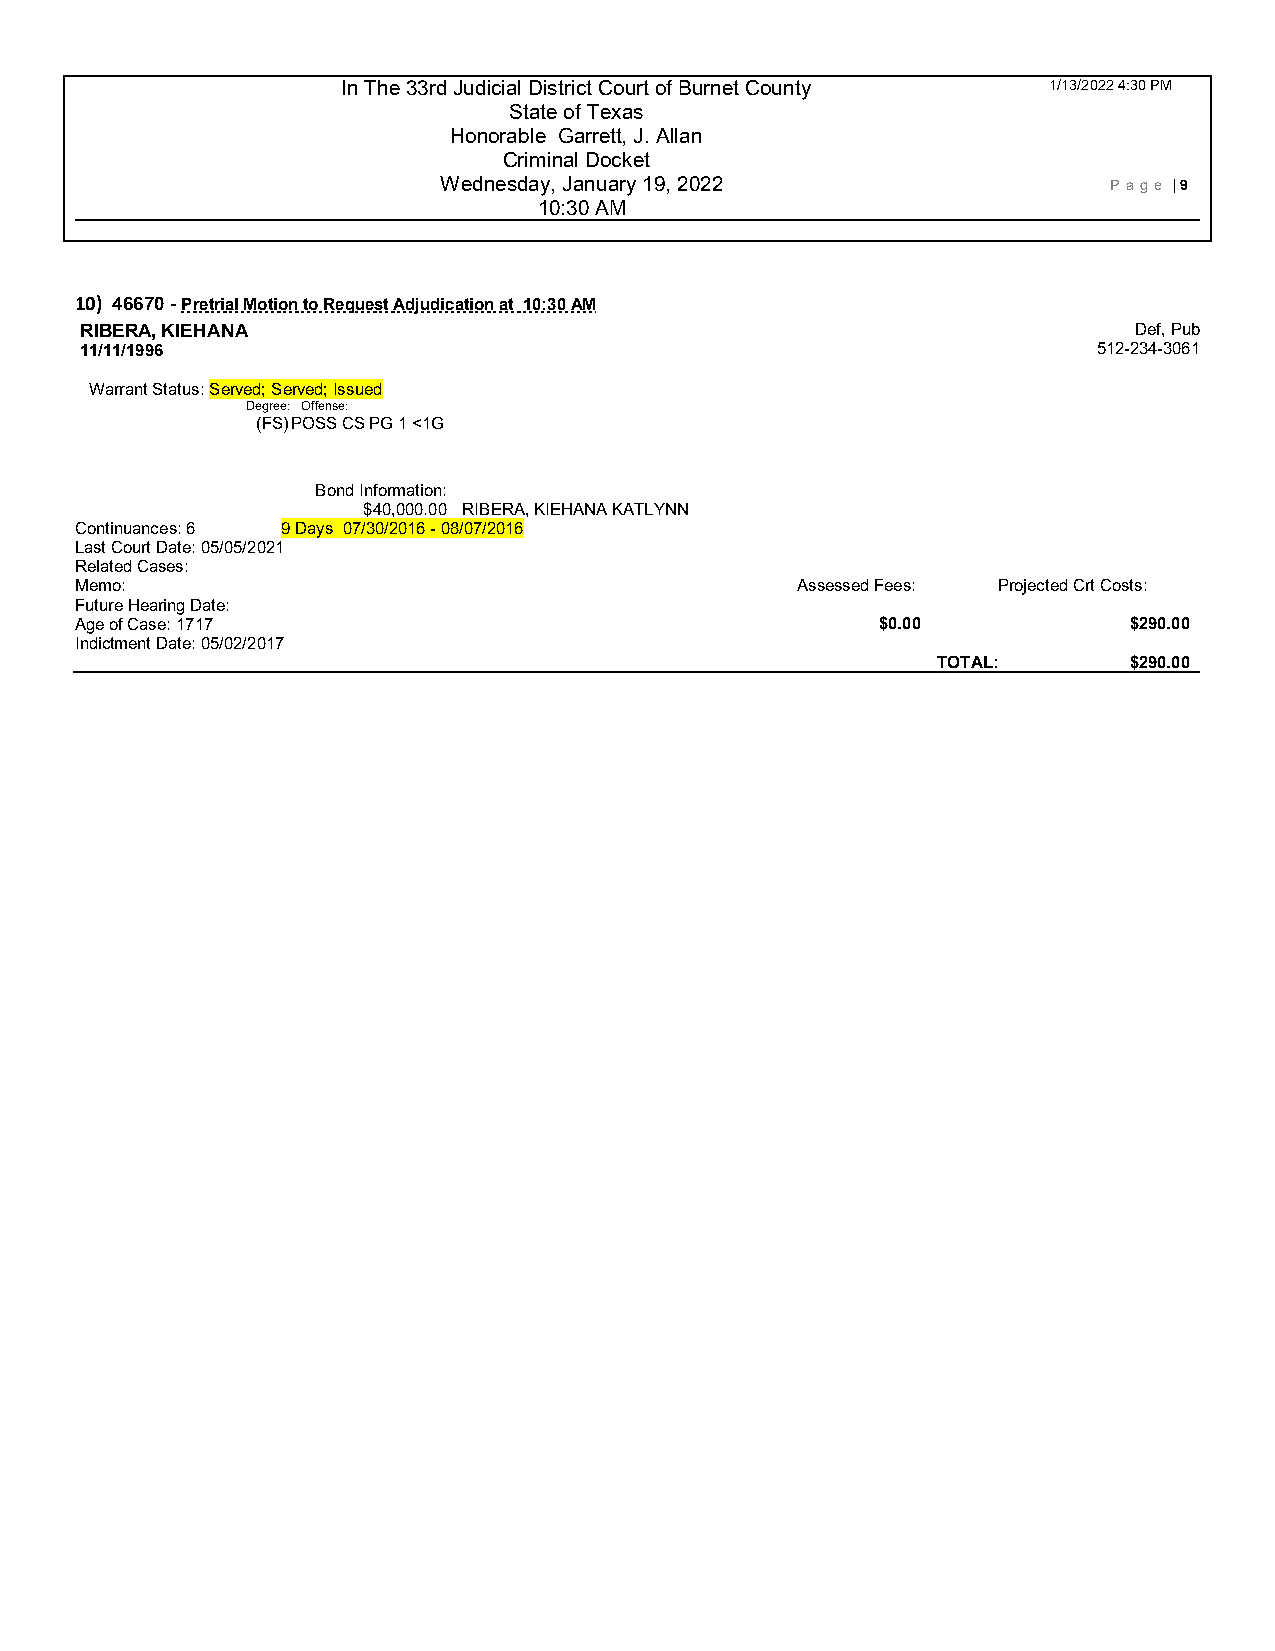
In The 33rd Judicial District Court of Burnet County 1/13/2022 4:30 PM
 State of Texas
 Honorable Garrett, J. Allan
 Criminal Docket
 Wednesday, January 19, 2022                 P age | 9
 10:30 AM
 10) 46670 - Pretrial Motion to Request Adjudication at 10:30 AM
 RIBERA, KIEHANA                                                       Def, Pub
 11/11/1996                                                          512-234-3061
 Warrant Status: Served; Served; Issued
 Degree: Offense:
 (FS) POSS CS PG 1 <1G
 Bond Information:
 $40,000.00 RIBERA, KIEHANA KATLYNN
 Continuances: 6 9 Days 07/30/2016 - 08 /07/2016
 Last Court Date: 05/05/2021
 Related Cases:
 Memo:                                           Assessed Fees: Projected Crt Costs:
 Future Hearing Date:
 Age of Case: 1717                                    $0.00            $290.00
 Indictment Date: 05/02/2017
 TOTAL:       $290.00